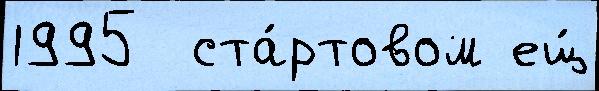
1995  ста́ртовом ещ́